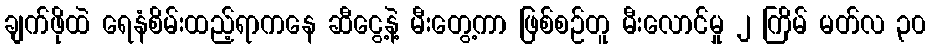
ချက်ဖိုထဲ ရေနံစိမ်းထည့်ရာကနေ ဆီငွေ့နဲ့ မီးတွေ့ကာ ဖြစ်စဉ်တူ မီးလောင်မှု ၂ ကြိမ် မတ်လ ၃၀